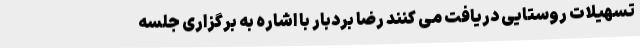
تسهیلات روستایی دریافت می کنند رضا بردبار با اشاره به برگزاری جلسه